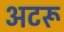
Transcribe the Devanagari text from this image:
अटरू